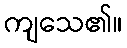
ကျသေ၏။